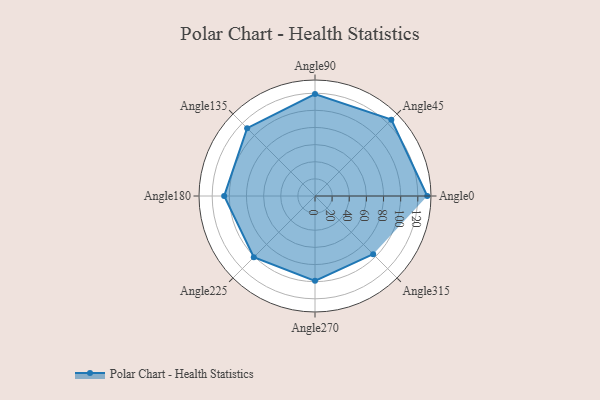
{"axis": {"x": "Angle", "y": "Radius"}, "legend": [""], "data": [{"x": "Angle0", "y": 131.0, "type": ""}, {"x": "Angle45", "y": 126.0, "type": ""}, {"x": "Angle90", "y": 119.0, "type": ""}, {"x": "Angle135", "y": 112.0, "type": ""}, {"x": "Angle180", "y": 106.0, "type": ""}, {"x": "Angle225", "y": 101.0, "type": ""}, {"x": "Angle270", "y": 99.0, "type": ""}, {"x": "Angle315", "y": 96.0, "type": ""}]}